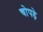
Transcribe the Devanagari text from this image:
चोपड़े